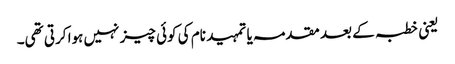
یعنی خطبہ کے بعد مقدمہ یا تمہید نام کی کوئی چیز نہیں ہوا کرتی تھی۔